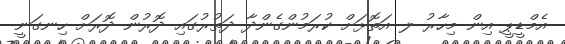
އެމްޑީޕީ އިން މިހާރު ލ އަތޮޅަށް ކުރަމުންގެންދާ ދަތުރުގައި ދޮރުން ދޮރަށް ހިނގަނީ